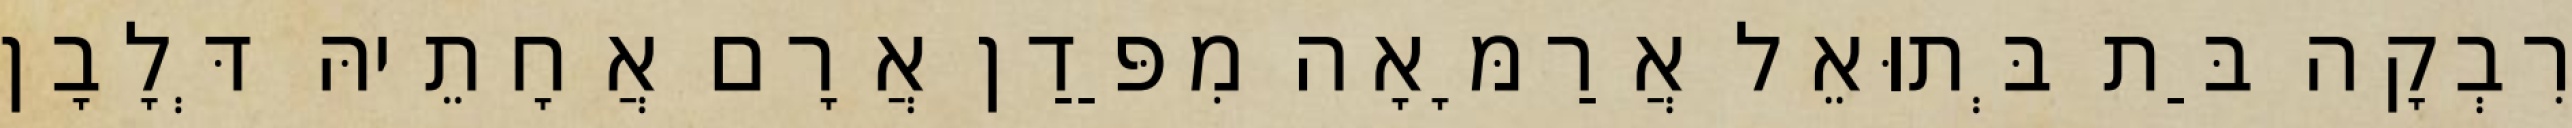
רִבְקָה בַּת בְּתוּאֵל אֲרַמָּאָה מִפַּדַן אֲרָם אֲחָתֵיהּ דְּלָבָן